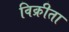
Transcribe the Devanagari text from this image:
विक्रीता